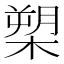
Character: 槊